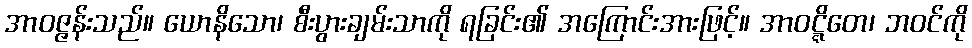
အာဝဇ္ဇန်းသည်။ ယောနိသော၊ စီးပွားချမ်းသာကို ရခြင်း၏ အကြောင်းအားဖြင့်။ အာဝဋ္ဋိတေ၊ ဘဝင်ကို